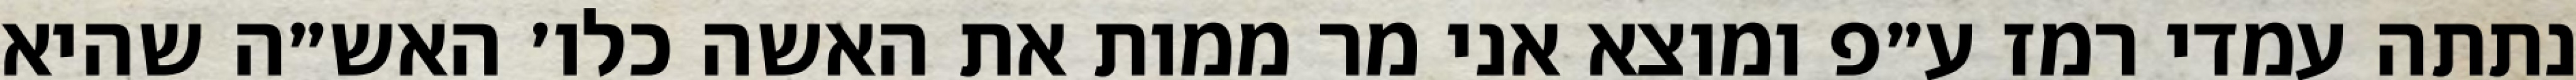
נתתה עמדי רמז ע״פ ומוצא אני מר ממות את האשה כלו׳ האש״ה שהיא